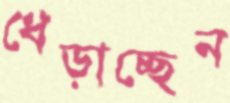
ধেড়াচ্ছেন